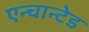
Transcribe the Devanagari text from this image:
एन्चान्टेड